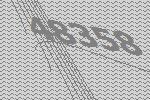
48358